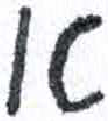
אות: א